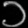
Digit: ၁